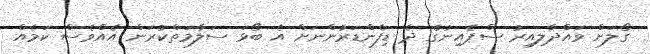
ގޯލަށް ވައްދާލިއިރު ސްޕެއިނުގެ ދެ ޑިފެންޑަރުންނަށް އެ ބޯޅަ ސަލާމަތްކުރަން އެއްވެސް ކަމެއް